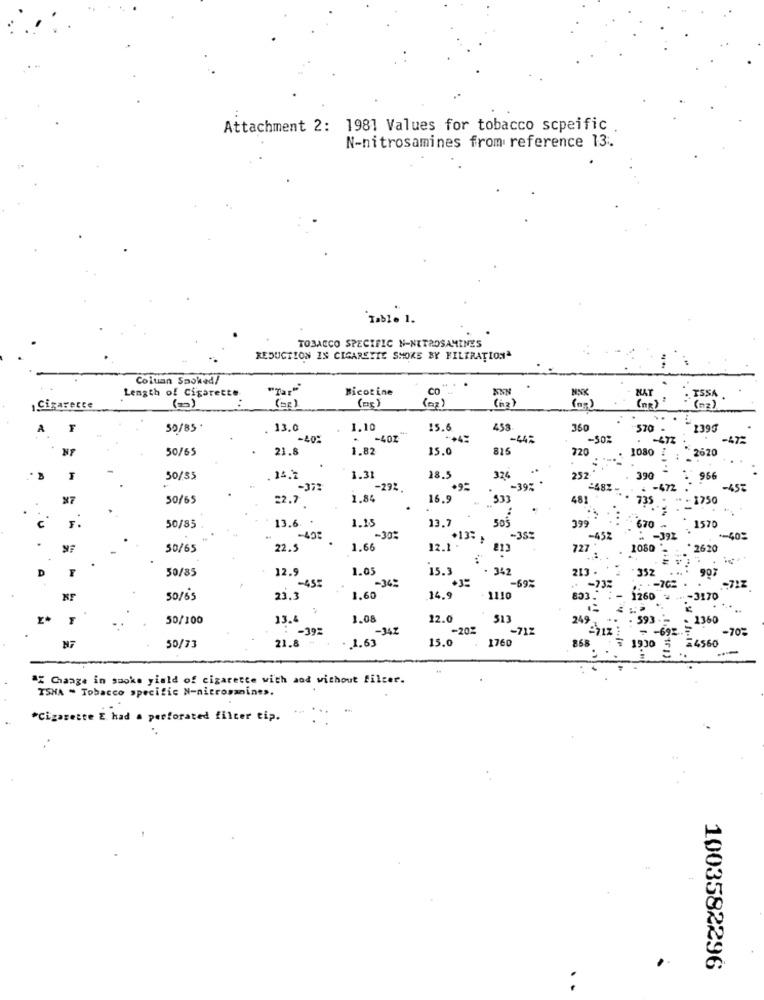
Attachment 2: 1981 Values for tobacco scpeific
N-nitrosamines from reference 13.
Table 1.
TOBACCO SPECIFIC N-NITROSAMINES
REDUCTION IS CIGARETTE SMOKE BY FILTRATION
Coluan Smoked/
Length of Cigarette
Nicotine
(DE)
(az)
CO
ISSA.
Cigarecce
(=)
( 03 )
( 03)
A
50/85*
13.0
1.10
15.6
453
350
570 -
1395
-40%
-40Z
-44%
-50%
-472
-47-
50/65
21.8
1.82
15.0
815
720
1080 :
2620
252-
50/55
. 14.2
1.31
18.5
324
390
966
-37:
-292.
-39%
-472
2
-457
50/65
22.7
1.84
16.9
533
481
735 *
** - 1750
:
13.7
1570
50/85
13.6
1.15
505
399
670
-30%
.137 ,
-35%
-452
-392
+-403
50/65
22.5
1.66
12.1 .
813
727
1080
*2620
50/85
12.9
1.05
15.3
342
352
90
-455
-34:
-69%
-732
-70
:722
50/65
23.3
1.60
14.9
1110
851
50/100
13.4
1.08
12.0
513
249
-392
.- 342
-20%
-712
70%
1.63
15.0
1760
858
N7
50/73
21.8 -
* Change in smoke yield of cigarette with and without filter.
ISHA - Tobacco specific N-nitrosaines.
"Cigarette E. had a perforated filter tip.
1003582296